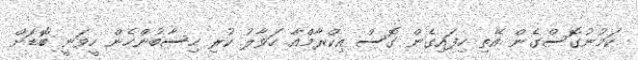
ކަމުނުގޮސްގެން އޭތި ހިފައިގެން ގޮސް އިކްރާމްއާ ހަވާލު ކުރި ހިސާބުންހެން ހީވަނީ ބޮޑަށް